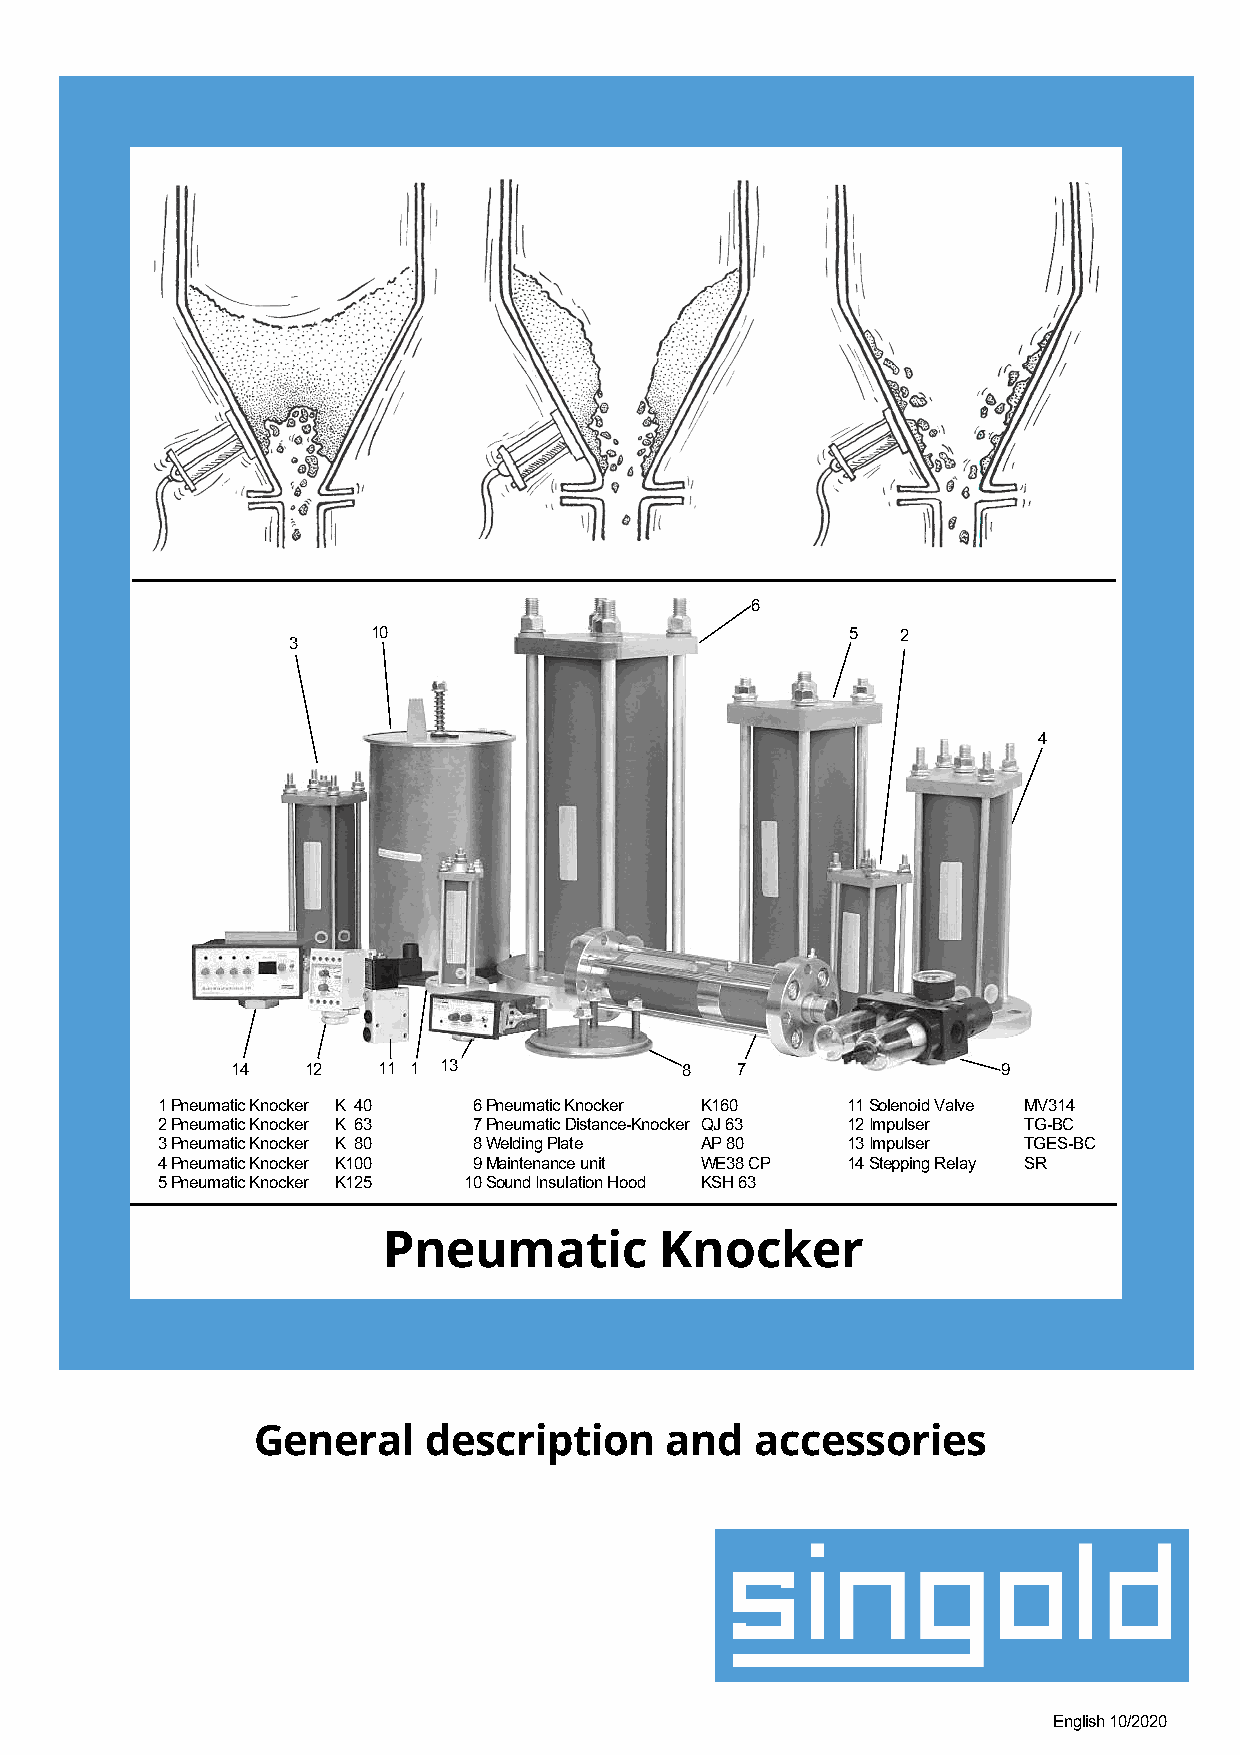
6
 10                             5   2
 3
 4
 14   12   11 1 13             8   7                9
 1 Pneumatic Knocker K 40 6 Pneumatic Knocker K160 11 Solenoid Valve MV314
 2 Pneumatic Knocker K 63 7 Pneumatic Distance-Knocker QJ 63 12 Impulser TG-BC
 3 Pneumatic Knocker K 80 8 Welding Plate AP 80 13 Impulser TGES-BC
 4 Pneumatic Knocker K100 9 Maintenance unit WE38 CP 14 Stepping Relay SR
 5 Pneumatic Knocker K125 10 Sound Insulation Hood KSH 63
 Pneumatic          Knocker
 General    description     and   accessories
 English 10/2020